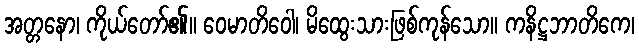
အတ္တနော၊ ကိုယ်တော်၏။ ဝေမာတိဝေါ၊ မိထွေးသားဖြစ်ကုန်သော။ ကနိဋ္ဌဘာတိကေ၊